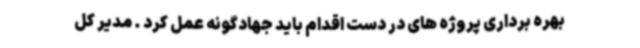
بهره برداری پروژه های در دست اقدام باید جهادگونه عمل کرد . مدیر کل